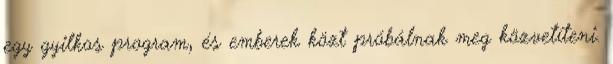
egy gyilkos program, és emberek közt próbálnak meg közvetíteni.